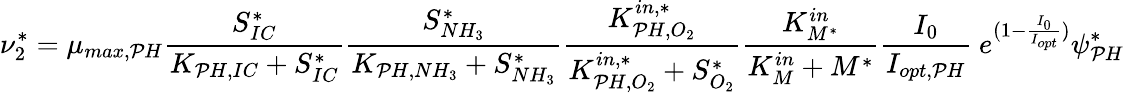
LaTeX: \nu_{2}^{*}=\mu_{max,\mathcal{P}H}\frac{{S_{IC}^{*}}}{{K_{\mathcal{P}H,IC}+S_{IC}^{*}}}\frac{{S_{NH_{3}}^{*}}}{{K_{\mathcal{P}H,NH_{3}}+S_{NH_{3}}^{*}}}\frac{{K_{\mathcal{P}H,O_{2}}^{in,*}}}{{K_{\mathcal{P}H,O_{2}}^{in,*}+S_{O_{2}}^{*}}}\frac{{K_{M^{*}}^{in}}}{{K_{M}^{in}+M^{*}}}\frac{{I_{0}}}{{I_{opt,\mathcal{P}H}}}\ e^{(1-\frac{{I_{0}}}{{I_{opt}}})}\psi_{\mathcal{P}H}^{*}